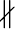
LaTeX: \nparallel